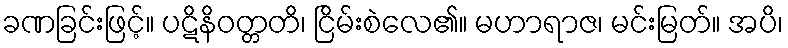
ခဏခြင်းဖြင့်။ ပဋိနိဝတ္တတိ၊ ငြိမ်းစဲလေ၏။ မဟာရာဇ၊ မင်းမြတ်။ အပိ၊